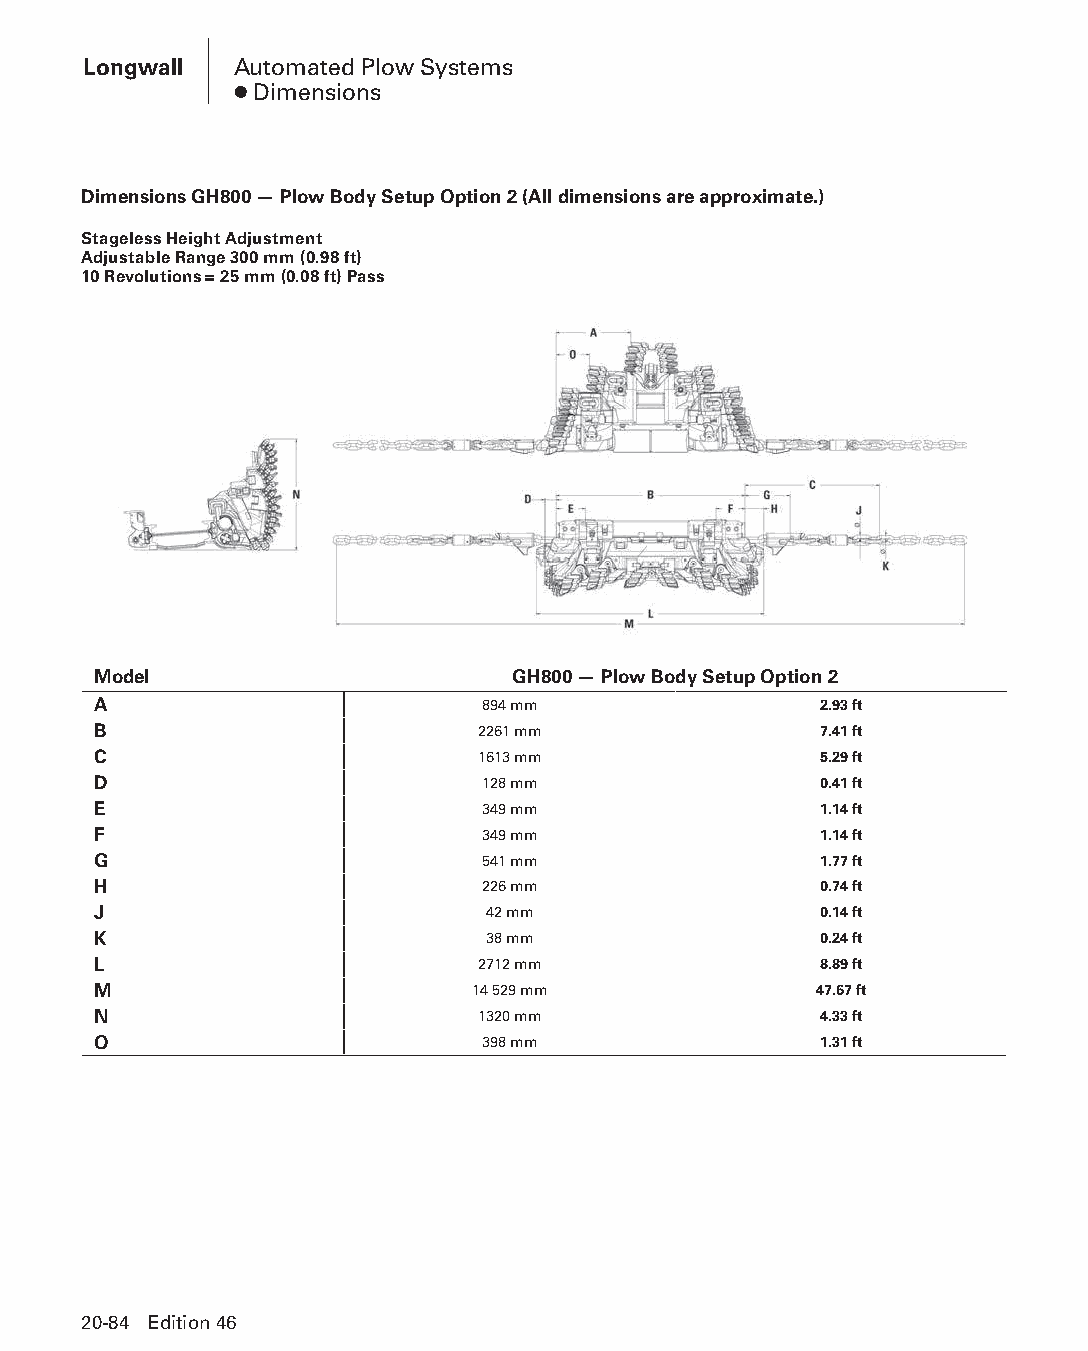
Longwall  Automated Plow Systems
 ● Dimensions
 Dimensions GH800 — Plow Body Setup Option 2 (All dimensions are approximate.)
 Stageless Height Adjustment
 Adjustable Range 300 mm (0.98 ft)
 10 Revolutions = 25 mm (0.08 ft) Pass
 Model                      GH800 — Plow Body Setup Option 2
 A                        894 mm                 2.93 ft
 B                        2261 mm                7.41 ft
 C                        1613 mm                5.29 ft
 D                        128 mm                 0.41 ft
 E                        349 mm                 1.14 ft
 F                        349 mm                 1.14 ft
 G                        541 mm                 1.77 ft
 H                        226 mm                 0.74 ft
 J                         42 mm                 0.14 ft
 K                         38 mm                 0.24 ft
 L                        2712 mm                8.89 ft
 M                        14 529 mm             47.67 ft
 N                        1320 mm                4.33 ft
 O                        398 mm                 1.31 ft
 20-84 Edition 46
 PPHHBB--SSeecc2200--LLoonnggwwaallll((ppgg002255--112200))..iinndddd 8844 1122//44//1155 1111::0022 AAMM